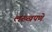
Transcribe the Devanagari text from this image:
लख्खपणे